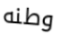
وطنه